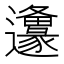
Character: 𨙅